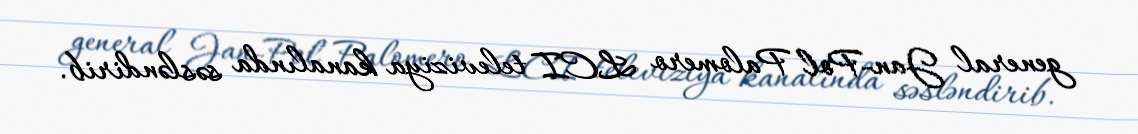
general Jan-Pol Palomero LCI televiziya kanalında səsləndirib.